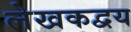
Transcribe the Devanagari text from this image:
लेखकद्वय